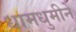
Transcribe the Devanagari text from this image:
धामधुमीने